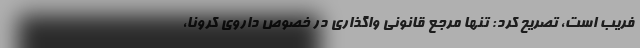
فریب است، تصریح کرد: تنها مرجع قانونی واگذاری در خصوص داروی کرونا،